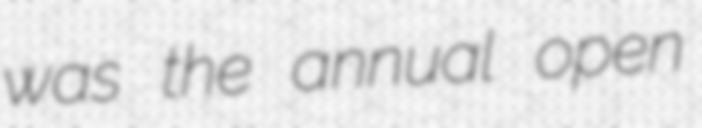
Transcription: was the annual open